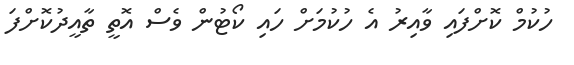
ހުކުމް ކޮށްފައި ވާއިރު އެ ހުކުމަށް ހައި ކޯޓުން ވެސް އޮތީ ތާއީދުކޮށްފަ